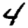
Digit: 4